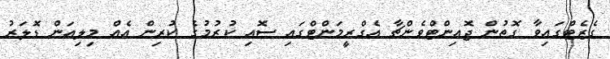
ގެޒެޓްގައިވާ ގޮތުން ޖޮއިންޓްވެންޗާ އެގްރީމަންޓްގައި ސޮއި ކުރުމުގެ ކުރިން އެއް މިލިއަން ޑޮލަރު